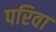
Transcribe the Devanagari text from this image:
परिवा